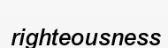
righteousness